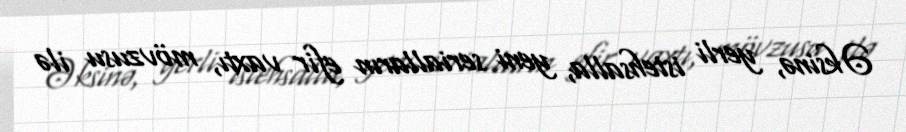
Əksinə, yerli istehsalla, yeni serialların efir vaxtı, mövzusu ilə